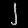
Digit: ၂